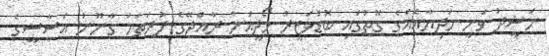
ނަޝީދު ވަނީ ހަދިޔާއެއްގެ ގޮތުގައި ބޮޑުވަޒީރު މޯދީއަށް ރާއްޖޭގެ ފުރަތަމަ ގާނޫނު އަސާސީގެ